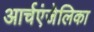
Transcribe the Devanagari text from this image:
आर्चएंजेलिका